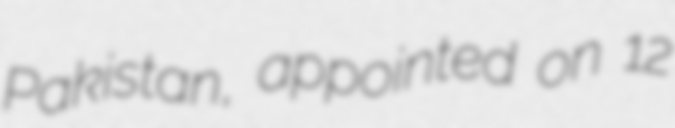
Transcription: Pakistan, appointed on 12